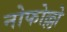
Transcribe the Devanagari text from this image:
नोफोल्लो